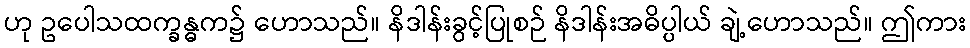
ဟု ဥပေါသထက္ခန္ဓက၌ ဟောသည်။ နိဒါန်းခွင့်ပြုစဉ် နိဒါန်းအဓိပ္ပါယ် ချဲ့ဟောသည်။ ဤကား